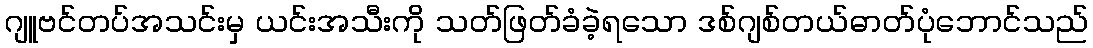
ဂျူဗင်တပ်အသင်းမှ ယင်းအသီးကို သတ်ဖြတ်ခံခဲ့ရသော ဒစ်ဂျစ်တယ်ဓာတ်ပုံဘောင်သည်